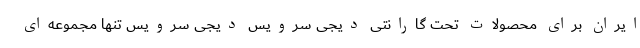
ایران برای محصولات تحت گارانتی دیجی سرویس دیجی سرویس تنها مجموعه‌ای